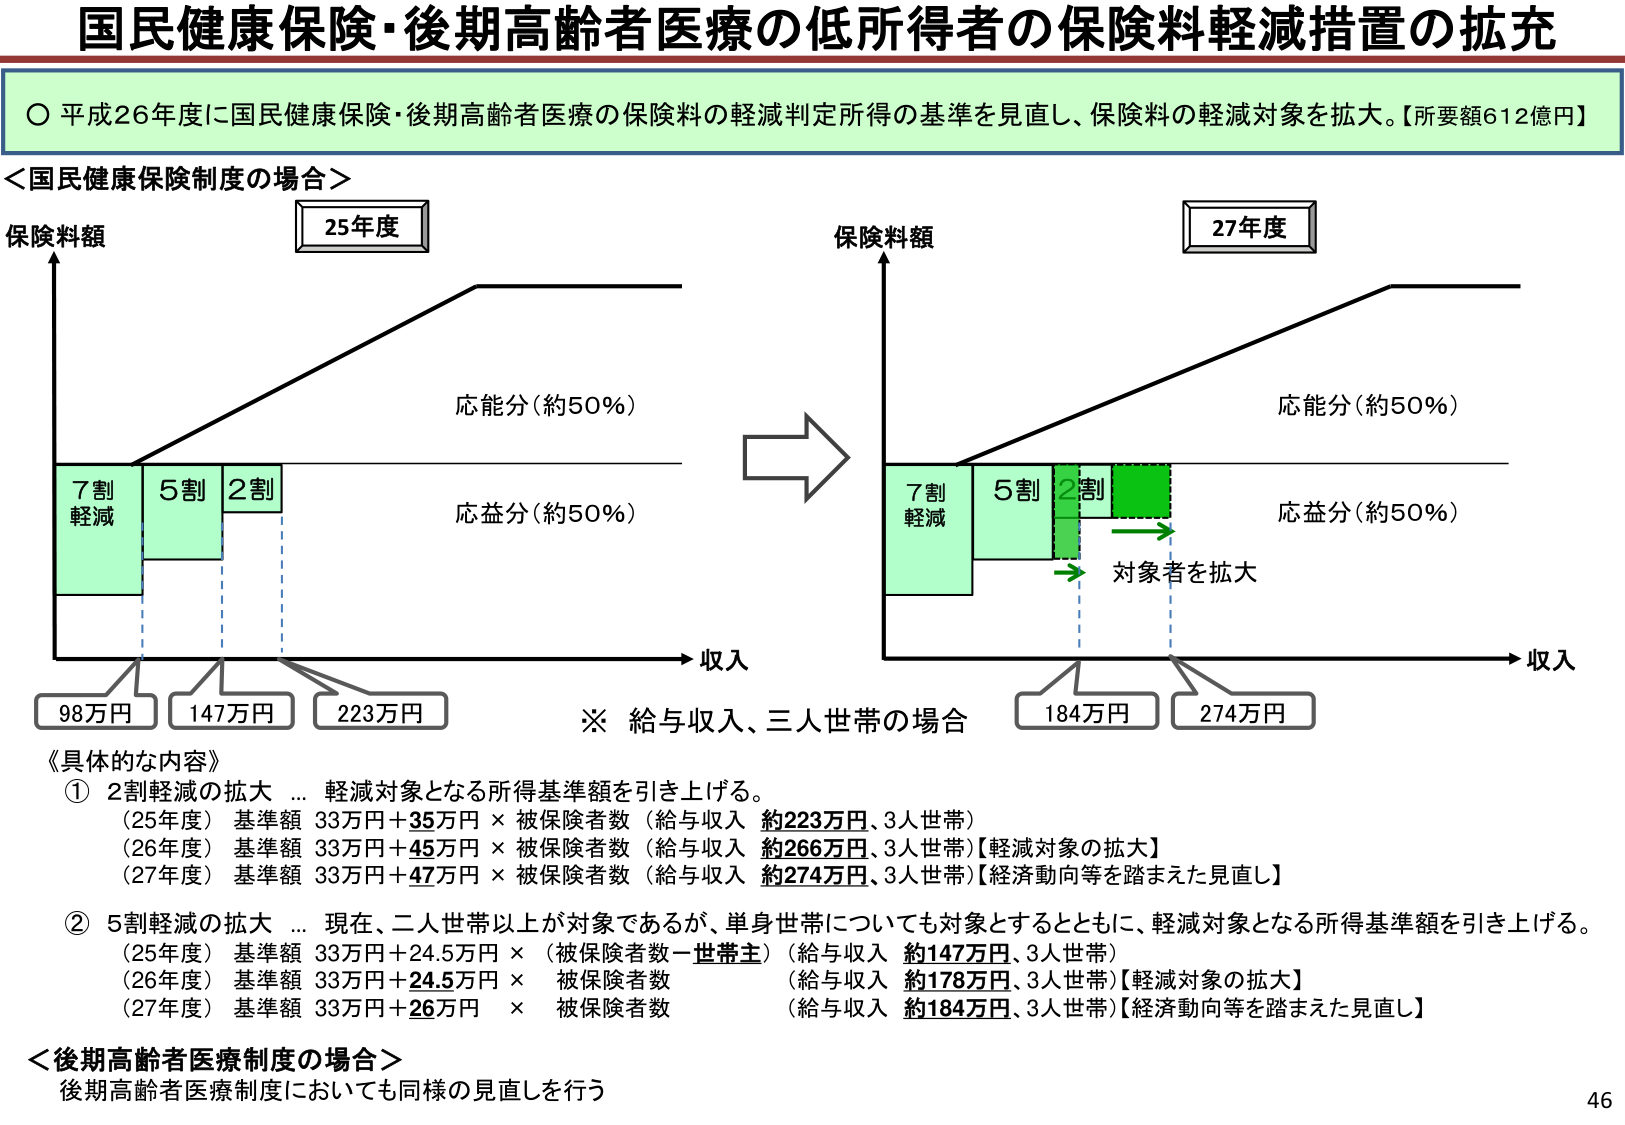
国民健康保険・後期高齢者医療の低所得者の保険料軽減措置の拡充

○ 平成26年度に国民健康保険・後期高齢者医療の保険料の軽減判定所得の基準を見直し、保険料の軽減対象を拡大。【所要額612億円】

＜国民健康保険制度の場合＞

保険料額
25年度
7割
軽減
5割
2割
応能分（約50％）
応益分（約50％）
収入
98万円
147万円
223万円

→
保険料額
27年度
7割
軽減
5割
2割
対象者を拡大
応能分（約50％）
応益分（約50％）
収入
184万円
274万円

※ 給与収入、三人世帯の場合

《具体的な内容》
① 2割軽減の拡大 … 軽減対象となる所得基準額を引き上げる。
（25年度） 基準額 33万円＋35万円 × 被保険者数（給与収入 約223万円、3人世帯）
（26年度） 基準額 33万円＋45万円 × 被保険者数（給与収入 約266万円、3人世帯）【軽減対象の拡大】
（27年度） 基準額 33万円＋47万円 × 被保険者数（給与収入 約274万円、3人世帯）【経済動向等を踏まえた見直し】

② 5割軽減の拡大 … 現在、二人世帯以上が対象であるが、単身世帯についても対象とするとともに、軽減対象となる所得基準額を引き上げる。
（25年度） 基準額 33万円＋24.5万円 ×（被保険者数－世帯主）（給与収入 約147万円、3人世帯）
（26年度） 基準額 33万円＋24.5万円 × 被保険者数 （給与収入 約178万円、3人世帯）【軽減対象の拡大】
（27年度） 基準額 33万円＋26万円 × 被保険者数 （給与収入 約184万円、3人世帯）【経済動向等を踏まえた見直し】

＜後期高齢者医療制度の場合＞
後期高齢者医療制度においても同様の見直しを行う

46